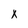
Character: x